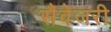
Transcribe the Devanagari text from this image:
सैवेजरी